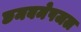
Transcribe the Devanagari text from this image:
छमबमेपजल